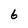
Character: 6